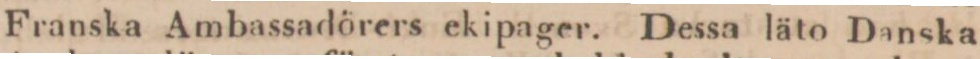
Franska Ambassadörers ekipager. Dessa läto Danska